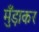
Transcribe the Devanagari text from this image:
मुँड़ाकर